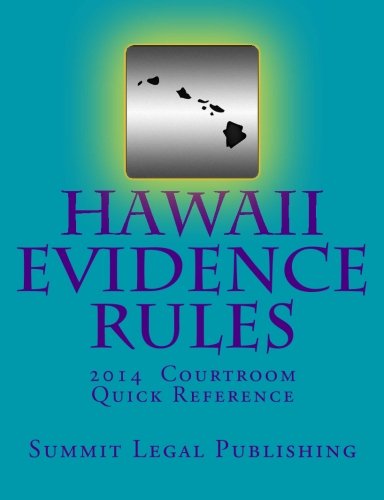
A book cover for Hawaii Evidence Rules Courtroom Quick Reference: 2014; Summit Legal Publishing; Law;